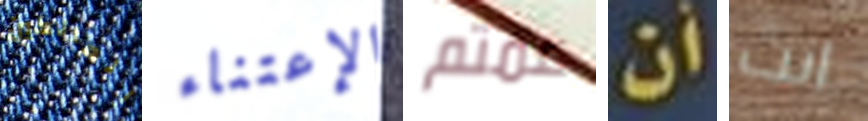
المالكين الإعتناء عمتم أن انت